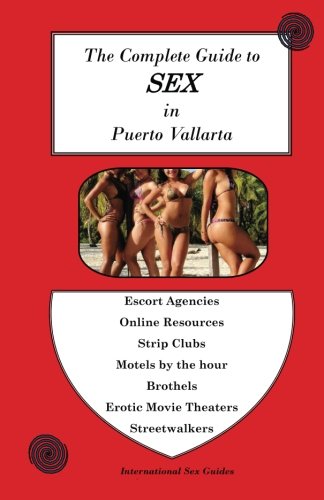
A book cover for Complete Guide to Sex in Puerto Vallarta; Mr. Red Zone Tours; Travel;